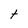
Character: t